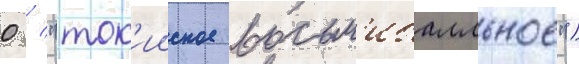
0 / "ток'ииское восьм'ибалльное")